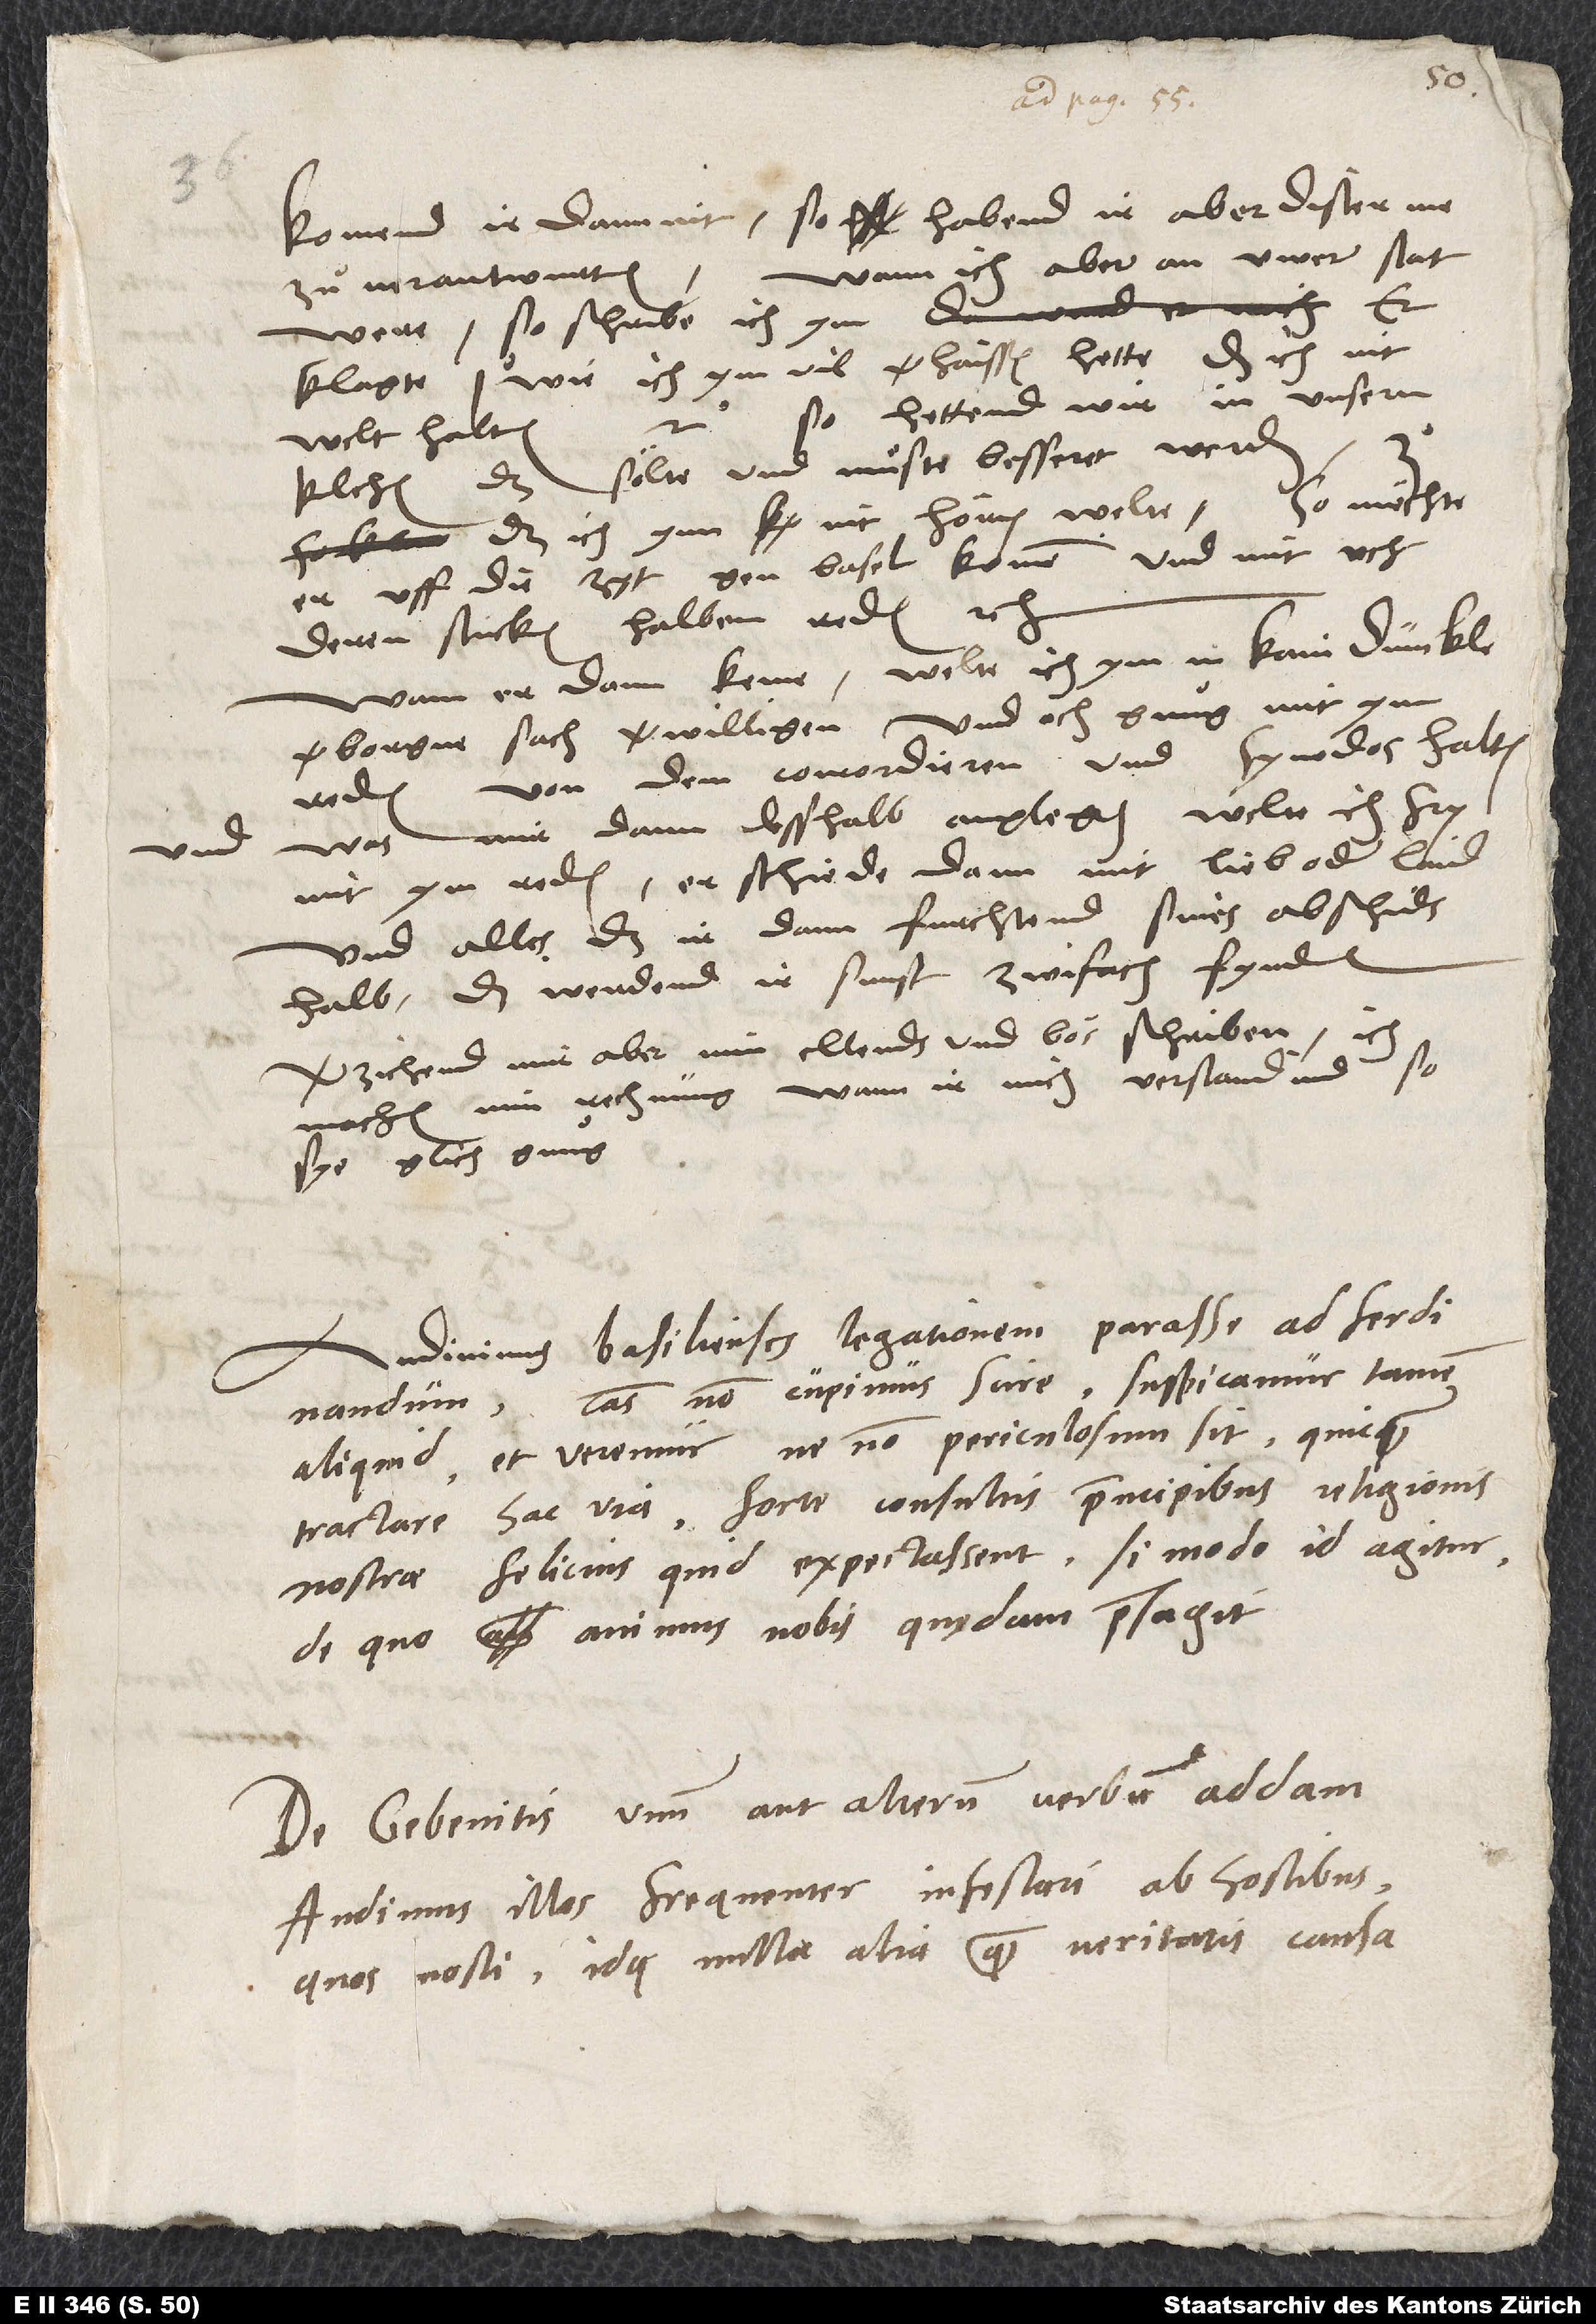
Komend ir dann nit, so habend ir aber dister me
Wann ich aber an üwer stat
zù verantwurten.
were, so schribe ich ym: Er
klagte 1. wie ich ym vil verhaissen hette, das ich nit
so hettend wir in unsern
welt halten;
kilchen, das sölte und muͤste besseret werden;
daß ich ynn nit hören wellte. So möchte
er uff die zyt gen Basel komen und mit uch
deren stucken halben reden etc.
Wann er dann keme, welte ich ym in kain dunckle,
verborgne sach verwilligen und och gnuͦg mit ym
reden von dem concordieren und synodos halten,
was mir dann desshalb anglegen, welte ich fry
mit ym reden, er schiede dann mit lieb oder laid.
Und alles, das ir dann furchtend sines abschids
halb, das werdend ir sunst zwifach fynden.
Verzichend mir aber min ellends und bos schriben. Ich
machen min rechnung; wann ir mich verstandind, so
sye glich gnuͦg.
Audivimus Basilienses legationem parasse ad Ferdinandum.
Causas non cupimus scire; suspicamur tamen
aliquid et veremur, ne non periculosum sit quicquam
tractare hac via. Forte consultis principibus religionis
nostrae felicius quid expectassent, si modo id agitur,
de quo animus nobis quędam praesagit.
De Gebenitis unum aut alterum verbum addam.
Audimus illos frequenter infestari ab hostibus,
quos nosti, idque nulla alia quam veritatis causa.